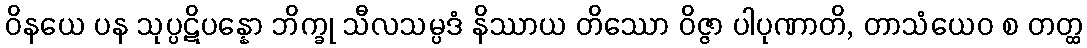
ဝိနယေ ပန သုပ္ပဋိပန္နော ဘိက္ခု သီလသမ္ပဒံ နိဿာယ တိဿော ဝိဇ္ဇာ ပါပုဏာတိ, တာသံယေဝ စ တတ္ထ